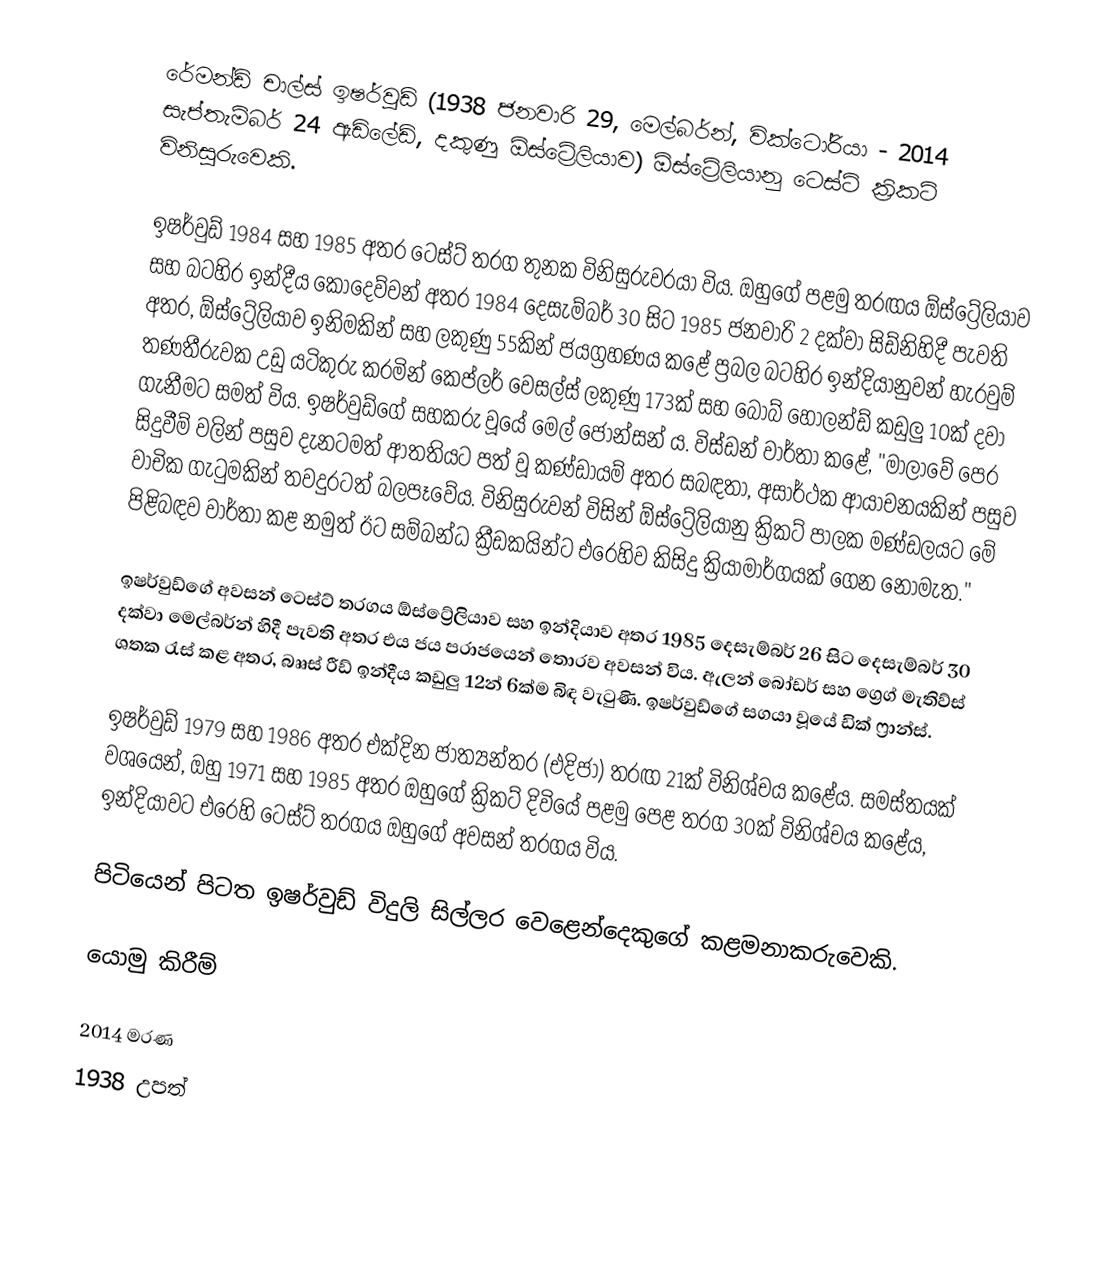
රේමන්ඩ් චාල්ස් ඉෂර්වුඩ් (1938 ජනවාරි 29, මෙල්බර්න්, වික්ටෝරියා - 2014 සැප්තැම්බර් 24 ඇඩිලේඩ්, දකුණු ඕස්ට්‍රේලියාව)  ඕස්ට්‍රේලියානු ටෙස්ට් ක්‍රිකට් විනිසුරුවෙකි.

ඉෂර්වුඩ් 1984 සහ 1985 අතර ටෙස්ට් තරග තුනක විනිසුරුවරයා විය. ඔහුගේ පළමු තරඟය ඕස්ට්‍රේලියාව සහ බටහිර ඉන්දීය කොදෙව්වන් අතර 1984 දෙසැම්බර් 30 සිට 1985 ජනවාරි 2 දක්වා සිඩ්නිහිදී පැවති අතර, ඕස්ට්‍රේලියාව ඉනිමකින් සහ ලකුණු 55කින් ජයග්‍රහණය කළේ ප්‍රබල බටහිර ඉන්දියානුවන් හැරවුම් තණතීරුවක උඩු යටිකුරු කරමින් කෙප්ලර් වෙසල්ස් ලකුණු 173ක් සහ බොබ් හොලන්ඩ් කඩුලු 10ක් දවා ගැනීමට සමත් විය. ඉෂර්වුඩ්ගේ සහකරු වූයේ මෙල් ජොන්සන් ය. විස්ඩන් වාර්තා කළේ, "මාලාවේ පෙර සිදුවීම් වලින් පසුව දැනටමත් ආතතියට පත් වූ කණ්ඩායම් අතර සබඳතා, අසාර්ථක ආයාචනයකින් පසුව වාචික ගැටුමකින් තවදුරටත් බලපෑවේය. විනිසුරුවන් විසින් ඕස්ට්‍රේලියානු ක්‍රිකට් පාලක මණ්ඩලයට මේ පිළිබඳව වාර්තා කළ නමුත් ඊට සම්බන්ධ ක්‍රීඩකයින්ට එරෙහිව කිසිදු ක්‍රියාමාර්ගයක් ගෙන නොමැත."

ඉෂර්වුඩ්ගේ අවසන් ටෙස්ට් තරගය ඕස්ට්‍රේලියාව සහ ඉන්දියාව අතර 1985 දෙසැම්බර් 26 සිට දෙසැම්බර් 30 දක්වා මෙල්බර්න් හිදී පැවති අතර එය ජය පරාජයෙන් තොරව අවසන් විය. ඇලන් බෝඩර් සහ ග්‍රෙග් මැතිව්ස් ශතක රැස් කළ අතර, බෲස් රීඩ් ඉන්දීය කඩුලු 12න් 6ක්ම බිඳ වැටුණි. ඉෂර්වුඩ්ගේ සගයා වූයේ ඩික් ෆ්‍රාන්ස්.

ඉෂර්වුඩ් 1979 සහ 1986 අතර එක්දින ජාත්‍යන්තර (එදිජා) තරඟ 21ක් විනිශ්චය කළේය. සමස්තයක් වශයෙන්, ඔහු 1971 සහ 1985 අතර ඔහුගේ ක්‍රිකට් දිවියේ පළමු පෙළ තරග 30ක් විනිශ්චය කළේය, ඉන්දියාවට එරෙහි ටෙස්ට් තරගය ඔහුගේ අවසන් තරගය විය.

පිටියෙන් පිටත ඉෂර්වුඩ් විදුලි සිල්ලර වෙළෙන්දෙකුගේ කළමනාකරුවෙකි.

යොමු කිරීම්

2014 මරණ
1938 උපත්